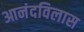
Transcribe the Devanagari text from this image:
आनंदविलास